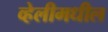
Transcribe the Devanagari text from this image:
व्हेलीमधील